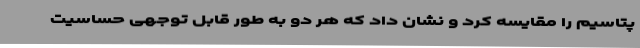
پتاسیم را مقایسه کرد و نشان داد که هر دو به طور قابل توجهی حساسیت